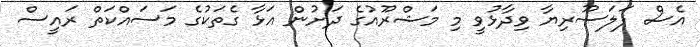
އެސް ޕަލަސޫރިޔާ ވިދާޅުވީ މި މަޝްރޫއުގެ ދަށުން އަޅާ ގެތަކުގެ މަސައްކަތް ރައީސް